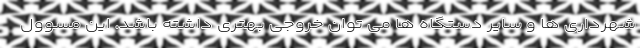
شهرداری ها و سایر دستگاه ها می توان خروجی بهتری داشته باشد. این مسوول